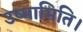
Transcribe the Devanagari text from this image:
उष्मामिति।